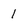
Character: 1